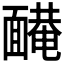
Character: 𩈿